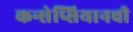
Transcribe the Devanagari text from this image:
कन्सेप्सियानची